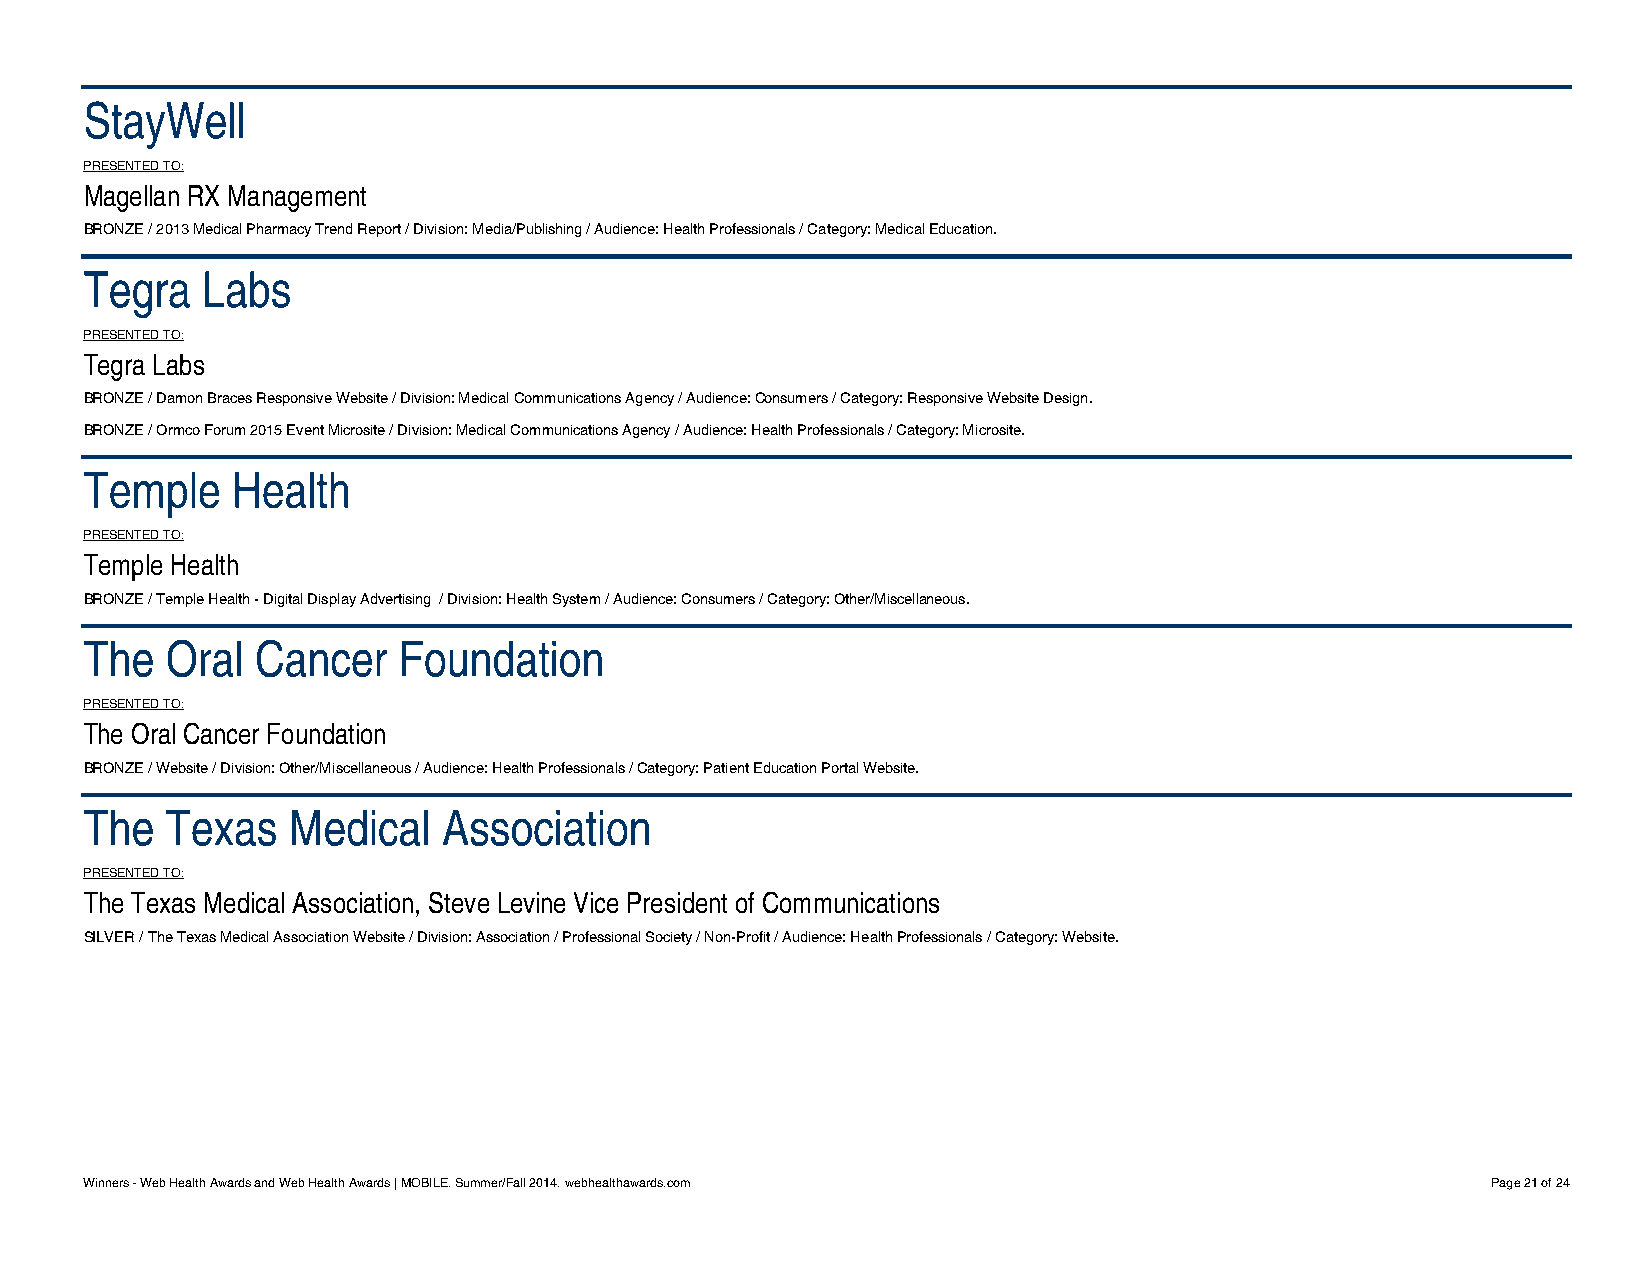
StayWell
 PRESENTED TO:
 Magellan RX Management
 BRONZE / 2013 Medical Pharmacy Trend Report / Division: Media/Publishing / Audience: Health Professionals / Category: Medical Education.
 Tegra  Labs
 PRESENTED TO:
 Tegra Labs
 BRONZE / Damon Braces Responsive Website / Division: Medical Communications Agency / Audience: Consumers / Category: Responsive Website Design.
 BRONZE / Ormco Forum 2015 Event Microsite / Division: Medical Communications Agency / Audience: Health Professionals / Category: Microsite.
 Temple   Health
 PRESENTED TO:
 Temple Health
 BRONZE / Temple Health - Digital Display Advertising / Division: Health System / Audience: Consumers / Category: Other/Miscellaneous.
 The  Oral  Cancer   Foundation
 PRESENTED TO:
 The Oral Cancer Foundation
 BRONZE / Website / Division: Other/Miscellaneous / Audience: Health Professionals / Category: Patient Education Portal Website.
 The  Texas   Medical   Association
 PRESENTED TO:
 The Texas Medical Association, Steve Levine Vice President of Communications
 SILVER / The Texas Medical Association Website / Division: Association / Professional Society / Non-Profit / Audience: Health Professionals / Category: Website.
 Winners - Web Health Awards and Web Health Awards | MOBILE. Summer/Fall 2014. webhealthawards.com Page 21 of 24